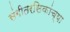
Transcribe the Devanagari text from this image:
संगीतरसिकांच्या